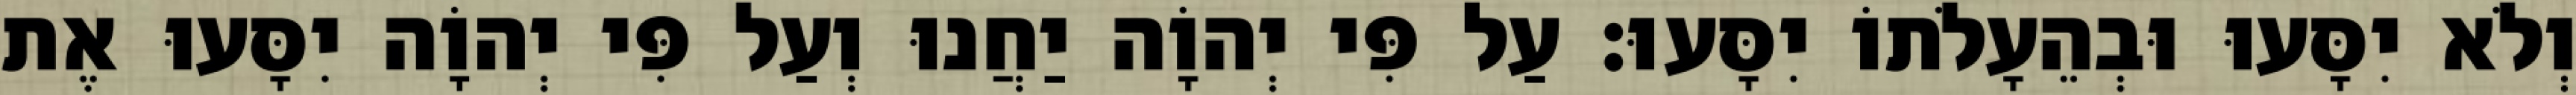
וְלֹא יִסָּעוּ וּבְהֵעָלֹתוֹ יִסָּעוּ׃ עַל פִּי יְהוָֹה יַחֲנוּ וְעַל פִּי יְהוָֹה יִסָּעוּ אֶת